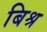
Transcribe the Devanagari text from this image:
बिश्र